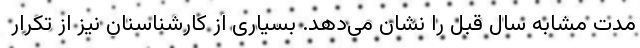
مدت مشابه سال قبل را نشان می‌دهد. بسیاری از کارشناسنان نیز از تکرار